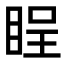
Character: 睈